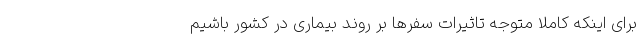
برای اینکه کاملا متوجه تاثیرات سفرها بر روند بیماری در کشور باشیم